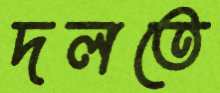
দলতে